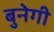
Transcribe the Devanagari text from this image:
बुनेगी